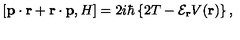
\left[ { \bf p } \cdot { \bf r } + { \bf r } \cdot { \bf p } , H \right] = 2 i \hbar \left\{ 2 T - { \mathcal E } _ { \bf r } V ( { \bf r } ) \right\} ,